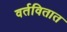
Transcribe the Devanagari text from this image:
वर्तवितात